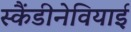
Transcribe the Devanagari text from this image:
स्कैंडीनेवियाई